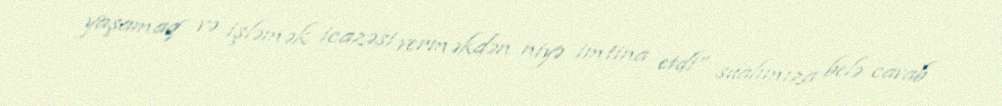
yaşamaq və işləmək icazəsi verməkdən niyə imtina etdi” sualımıza belə cavab